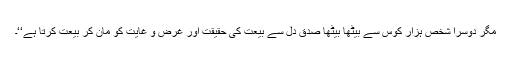
مگر دوسرا شخص ہزار کوس سے بیٹھا بیٹھا صدقِ دل سے بیعت کی حقیقت اور غرض و غایت کو مان کر بیعت کرتا ہے‘‘۔